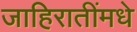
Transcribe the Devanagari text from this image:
जाहिरातींमधे